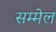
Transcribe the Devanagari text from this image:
सम्‍मेल